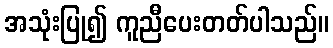
အသုံးပြု၍ ကူညီပေးတတ်ပါသည်။